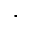
\dot { }